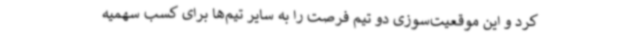
کرد و این موقعیت‌سوزی دو تیم فرصت را به سایر تیم‌ها برای کسب سهمیه